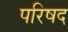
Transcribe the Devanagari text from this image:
परिषद